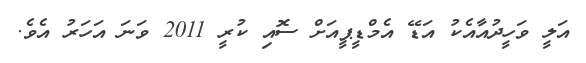
އަލީ ވަހީދުއާއެކު އަޑޭ އެމްޑީޕީއަށް ސޮއި ކުރީ 2011 ވަނަ އަހަރު އެވެ.